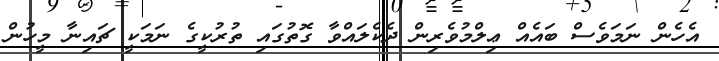
އެހެން ނަމަވެސް ބައެެއް ޢިލްމުވެރިން ދެކެލައްވާ ގޮތުގައި ތުރުކީގެ ނަމަކީ ޗައިނާ މީހުން